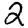
Digit: 2